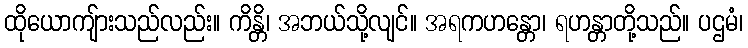
ထိုယောကျ်ားသည်လည်း။ ကိန္တိ၊ အဘယ်သို့လျင်။ အရကဟန္တော၊ ရဟန္တာတို့သည်။ ပဌမံ၊